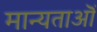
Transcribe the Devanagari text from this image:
मान्यताऒं